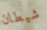
شيطان